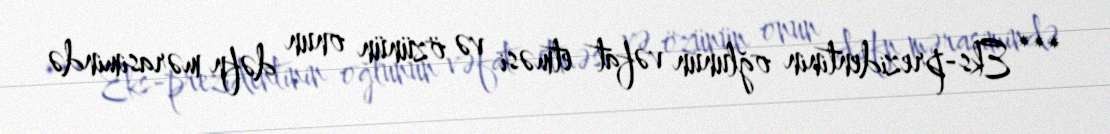
*** Eks-prezidentinin oğlunun vəfat etməsi və özünün onun dəfn mərasimində